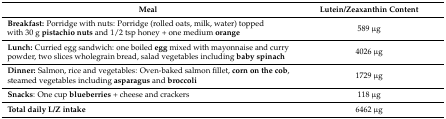
| Meal | Lutein/Zeaxanthin Content |
 | --- | --- |
 | Breakfast: Porridge with nuts: Porridge (rolled oats, milk, water) topped with 30 g pistachio nuts and 1/2 tsp honey + one medium orange | 589 μg |
 | Lunch: Curried egg sandwich: one boiled egg mixed with mayonnaise and curry powder, two slices wholegrain bread, salad vegetables including baby spinach | 4026 μg |
 | Dinner: Salmon, rice and vegetables: Oven-baked salmon fillet, corn on the cob, steamed vegetables including asparagus and broccoli | 1729 μg |
 | Snacks: One cup blueberries + cheese and crackers | 118 μg |
 | Total daily L/Z intake | 6462 μg |